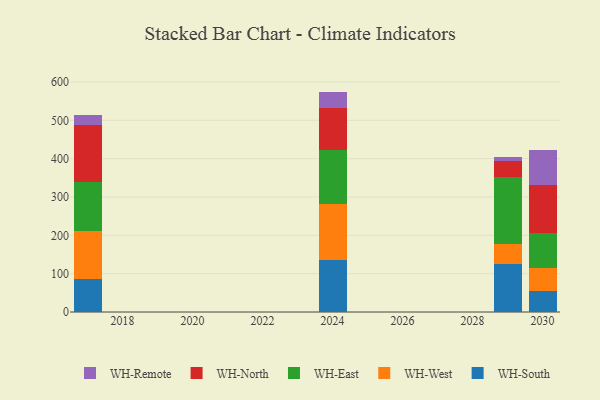
{"axis": {"x": "Year", "y": "Waste Production (Tons)"}, "legend": ["WH-East", "WH-North", "WH-Remote", "WH-South", "WH-West"], "data": [{"x": "2030", "y": 54.6, "type": "WH-South"}, {"x": "2030", "y": 60.7, "type": "WH-West"}, {"x": "2030", "y": 90.8, "type": "WH-East"}, {"x": "2030", "y": 126.1, "type": "WH-North"}, {"x": "2030", "y": 90.0, "type": "WH-Remote"}, {"x": "2029", "y": 125.7, "type": "WH-South"}, {"x": "2029", "y": 51.0, "type": "WH-West"}, {"x": "2029", "y": 176.3, "type": "WH-East"}, {"x": "2029", "y": 40.8, "type": "WH-North"}, {"x": "2029", "y": 10.6, "type": "WH-Remote"}, {"x": "2017", "y": 86.1, "type": "WH-South"}, {"x": "2017", "y": 125.6, "type": "WH-West"}, {"x": "2017", "y": 127.1, "type": "WH-East"}, {"x": "2017", "y": 150.2, "type": "WH-North"}, {"x": "2017", "y": 24.0, "type": "WH-Remote"}, {"x": "2024", "y": 135.4, "type": "WH-South"}, {"x": "2024", "y": 145.2, "type": "WH-West"}, {"x": "2024", "y": 142.7, "type": "WH-East"}, {"x": "2024", "y": 107.6, "type": "WH-North"}, {"x": "2024", "y": 44.0, "type": "WH-Remote"}]}